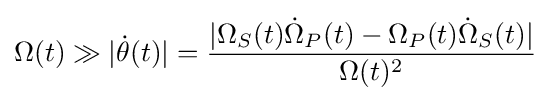
\Omega (t)\gg |{\dot {\theta }}(t)|={\frac {|\Omega _{S}(t){\dot {\Omega }}_{P}(t)-\Omega _{P}(t){\dot {\Omega }}_{S}(t)|}{\Omega (t)^{2}}}